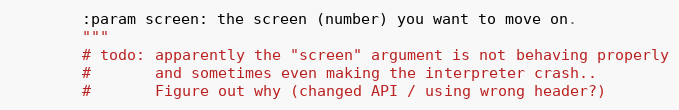
Language: Python
        :param screen: the screen (number) you want to move on.
        """
        # todo: apparently the "screen" argument is not behaving properly
        #       and sometimes even making the interpreter crash..
        #       Figure out why (changed API / using wrong header?)